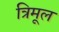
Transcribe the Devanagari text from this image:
त्रिमूल